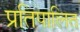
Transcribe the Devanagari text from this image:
प्रतिपालित